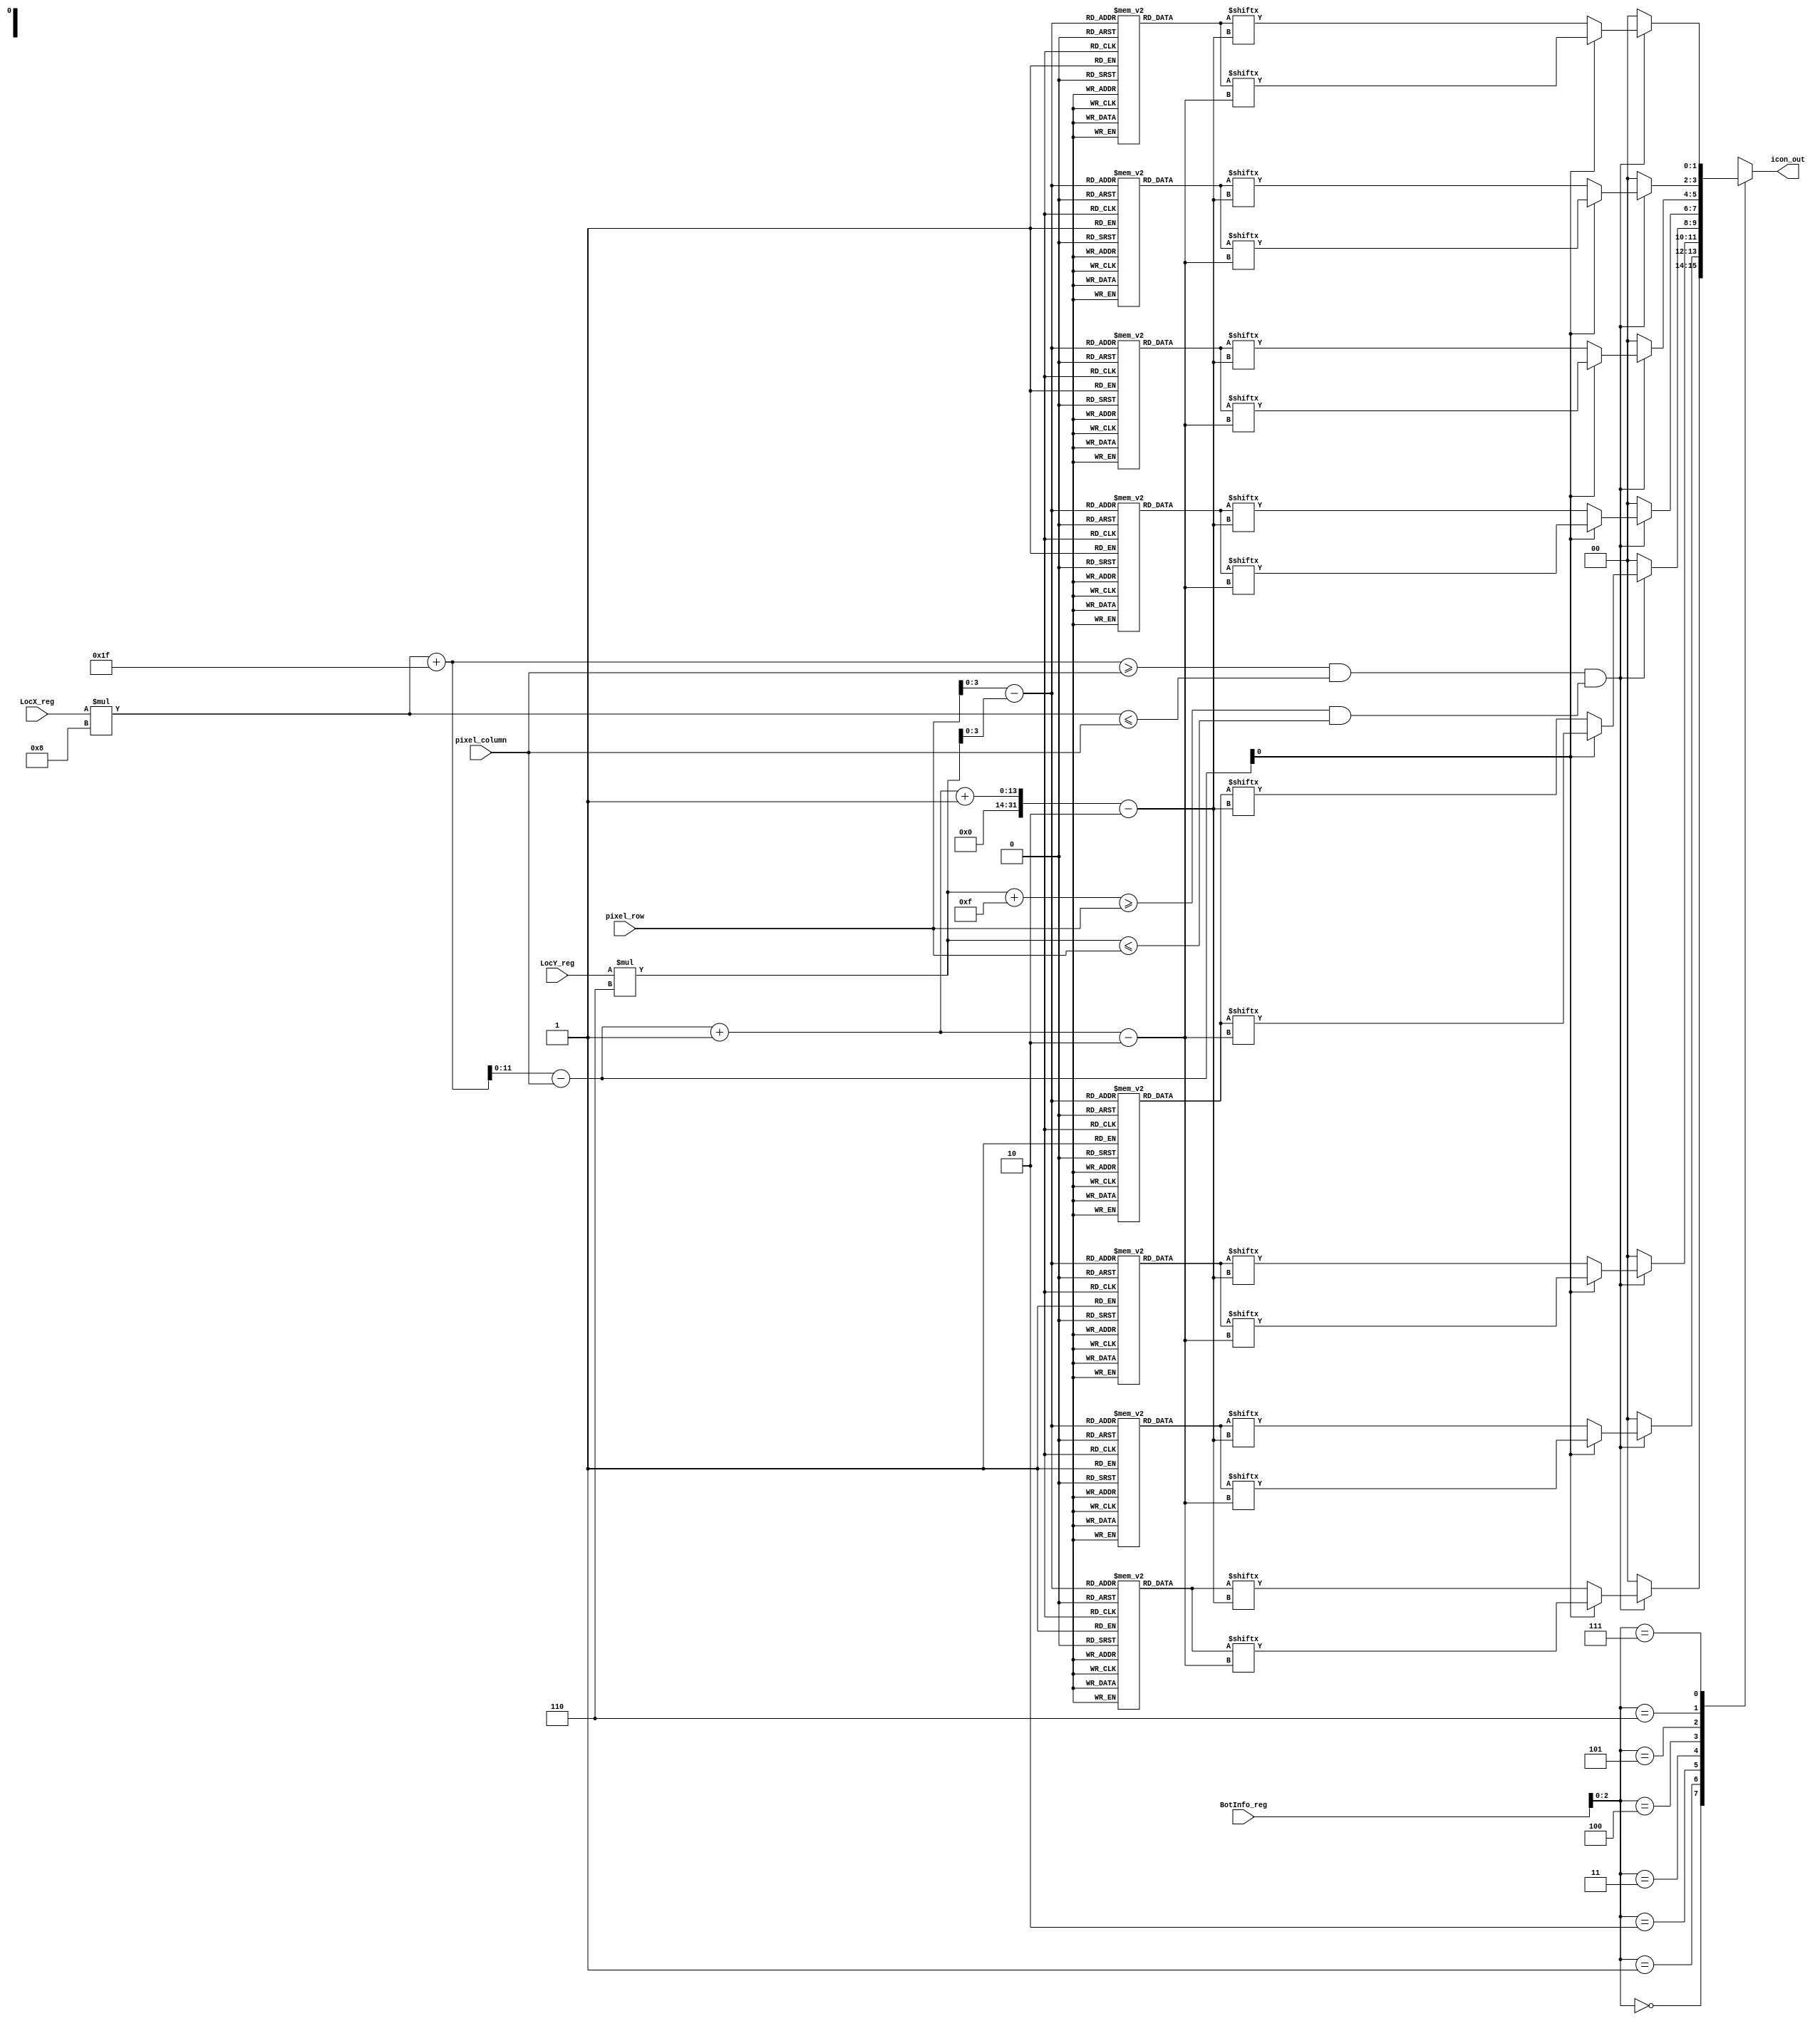
module icon_new(
    input 	[11:0]	pixel_row, pixel_column,
    input 	[7:0]   LocX_reg, LocY_reg, BotInfo_reg,
    output reg 	[1:0]   icon_out
);

// all possible icon orientations
reg [31:0] icon_0	[0:15];
reg [31:0] icon_45	[0:15];
reg [31:0] icon_90	[0:15];
reg [31:0] icon_135	[0:15];
reg [31:0] icon_180	[0:15];
reg [31:0] icon_225	[0:15];
reg [31:0] icon_270	[0:15];
reg [31:0] icon_315	[0:15];              

// parameters to hold icon colors    
parameter  blu = 2'b01, red = 2'b10, yel = 2'b11, clr = 2'b00;
	
// scaled Rojobot locations
wire [11:0] scaled_LocX, scaled_LocY;  

// difference between pixel_row/column and rojobot location
wire [11:0] diff_x, diff_y;
	
// initialize Rojobot images for each orientation - Formula 1 Car
// for diagonal orientations we chose to create an arrow due to the difficulty
// of creating the diagonal car
initial begin
        
icon_90[0]   = {blu,blu,blu,clr,clr,clr,clr,clr,clr,blu,blu,blu,clr,blu,blu,clr};
icon_90[1]   = {blu,blu,blu,clr,clr,clr,red,red,clr,blu,blu,blu,clr,blu,blu,clr};
icon_90[2]   = {blu,blu,blu,clr,clr,red,red,red,red,blu,blu,blu,clr,blu,blu,clr};
icon_90[3]   = {clr,blu,clr,clr,red,red,red,red,red,clr,blu,clr,clr,blu,blu,clr};
icon_90[4]   = {clr,blu,clr,clr,red,red,red,red,red,clr,blu,clr,clr,clr,blu,clr};
icon_90[5]   = {clr,blu,clr,clr,red,red,red,red,red,clr,blu,clr,clr,clr,blu,clr};
icon_90[6]   = {clr,blu,clr,red,red,red,red,blu,blu,red,red,red,red,clr,blu,clr};
icon_90[7]   = {clr,red,red,red,red,red,blu,yel,blu,red,red,red,red,red,blu,clr};
icon_90[8]   = {clr,red,red,red,red,red,blu,yel,blu,red,red,red,red,red,blu,clr};
icon_90[9]   = {clr,blu,clr,red,red,red,red,blu,blu,red,red,red,red,clr,blu,clr};
icon_90[10]  = {clr,blu,clr,clr,red,red,red,red,red,clr,blu,clr,clr,clr,blu,clr};
icon_90[11]  = {clr,blu,clr,clr,red,red,red,red,red,clr,blu,clr,clr,clr,blu,clr};
icon_90[12]  = {clr,blu,clr,clr,red,red,red,red,red,clr,blu,clr,clr,blu,blu,clr};
icon_90[13]  = {blu,blu,blu,clr,clr,red,red,red,red,blu,blu,blu,clr,blu,blu,clr};
icon_90[14]  = {blu,blu,blu,clr,clr,clr,red,red,clr,blu,blu,blu,clr,blu,blu,clr};
icon_90[15]  = {blu,blu,blu,clr,clr,clr,clr,clr,clr,blu,blu,blu,clr,blu,blu,clr};

icon_270[0]  = {clr,blu,blu,clr,blu,blu,blu,clr,clr,clr,clr,clr,clr,blu,blu,blu};   
icon_270[1]  = {clr,blu,blu,clr,blu,blu,blu,clr,red,red,clr,clr,clr,blu,blu,blu};
icon_270[2]  = {clr,blu,blu,clr,blu,blu,blu,red,red,red,red,clr,clr,blu,blu,blu};
icon_270[3]  = {clr,blu,blu,clr,clr,blu,clr,red,red,red,red,red,clr,clr,blu,clr};
icon_270[4]  = {clr,blu,clr,clr,clr,blu,clr,red,red,red,red,red,clr,clr,blu,clr};
icon_270[5]  = {clr,blu,clr,clr,clr,blu,clr,red,red,red,red,red,clr,clr,blu,clr};
icon_270[6]  = {clr,blu,clr,red,red,red,red,blu,blu,red,red,red,red,clr,blu,clr};
icon_270[7]  = {clr,blu,red,red,red,red,red,blu,yel,blu,red,red,red,red,red,clr};
icon_270[8]  = {clr,blu,red,red,red,red,red,blu,yel,blu,red,red,red,red,red,clr};
icon_270[9]  = {clr,blu,clr,red,red,red,red,blu,blu,red,red,red,red,clr,blu,clr};
icon_270[10] = {clr,blu,clr,clr,clr,blu,clr,red,red,red,red,red,clr,clr,blu,clr};
icon_270[11] = {clr,blu,clr,clr,clr,blu,clr,red,red,red,red,red,clr,clr,blu,clr};
icon_270[12] = {clr,blu,blu,clr,clr,blu,clr,red,red,red,red,red,clr,clr,blu,clr};
icon_270[13] = {clr,blu,blu,clr,blu,blu,blu,clr,red,red,clr,clr,clr,blu,blu,blu};
icon_270[14] = {clr,blu,blu,clr,blu,blu,blu,clr,red,red,clr,clr,clr,blu,blu,blu};
icon_270[15] = {clr,blu,blu,clr,blu,blu,blu,clr,clr,clr,clr,clr,clr,blu,blu,blu};

icon_180[0]  = {blu,blu,blu,clr,clr,clr,clr,clr,clr,clr,clr,clr,clr,blu,blu,blu};
icon_180[1]  = {blu,blu,blu,blu,blu,blu,blu,red,red,blu,blu,blu,blu,blu,blu,blu};
icon_180[2]  = {blu,blu,blu,clr,clr,clr,clr,red,red,clr,clr,clr,clr,blu,blu,blu};
icon_180[3]  = {clr,clr,clr,clr,clr,clr,red,red,red,red,clr,clr,clr,clr,clr,clr};
icon_180[4]  = {clr,clr,clr,red,red,red,red,red,red,red,red,red,red,clr,clr,clr};
icon_180[5]  = {clr,clr,red,red,red,red,red,red,red,red,red,red,red,clr,clr,clr};
icon_180[6]  = {clr,red,red,red,red,red,red,blu,blu,red,red,red,red,red,red,clr};
icon_180[7]  = {clr,red,red,red,red,red,blu,yel,yel,blu,red,red,red,red,red,clr};
icon_180[8]  = {clr,clr,red,red,red,red,blu,blu,blu,blu,red,red,red,clr,clr,clr};
icon_180[9]  = {blu,blu,blu,clr,clr,clr,red,red,red,red,clr,clr,clr,blu,blu,blu};
icon_180[10] = {blu,blu,blu,blu,blu,blu,red,red,red,red,blu,blu,blu,blu,blu,blu};
icon_180[11] = {blu,blu,blu,clr,clr,clr,red,red,red,red,clr,clr,clr,blu,blu,blu};
icon_180[12] = {clr,clr,clr,clr,clr,clr,red,red,red,red,clr,clr,clr,clr,clr,clr};
icon_180[13] = {blu,blu,blu,blu,clr,clr,clr,red,red,clr,clr,clr,blu,blu,blu,blu};
icon_180[14] = {blu,blu,blu,blu,blu,blu,blu,blu,blu,blu,blu,blu,blu,blu,blu,blu};
icon_180[15] = {clr,clr,clr,clr,clr,clr,clr,clr,clr,clr,clr,clr,clr,clr,clr,clr};
    
icon_0[0]    = {clr,clr,clr,clr,clr,clr,clr,clr,clr,clr,clr,clr,clr,clr,clr,clr};
icon_0[1]    = {blu,blu,blu,blu,blu,blu,blu,blu,blu,blu,blu,blu,blu,blu,blu,blu};
icon_0[2]    = {blu,blu,blu,blu,clr,clr,clr,red,red,clr,clr,clr,blu,blu,blu,blu};
icon_0[3]    = {clr,clr,clr,clr,clr,clr,red,red,red,red,clr,clr,clr,clr,clr,clr};
icon_0[4]    = {blu,blu,blu,clr,clr,clr,red,red,red,red,clr,clr,clr,blu,blu,blu};
icon_0[5]    = {blu,blu,blu,blu,blu,blu,red,red,red,red,blu,blu,blu,blu,blu,blu};
icon_0[6]    = {blu,blu,blu,clr,clr,clr,red,red,red,red,clr,clr,clr,blu,blu,blu};
icon_0[7]    = {clr,clr,red,red,red,red,blu,blu,blu,blu,red,red,red,red,clr,clr};
icon_0[8]    = {clr,red,red,red,red,red,blu,yel,yel,blu,red,red,red,red,red,clr};   
icon_0[9]    = {clr,red,red,red,red,red,red,blu,blu,red,red,red,red,red,red,clr};
icon_0[10]   = {clr,clr,red,red,red,red,red,red,red,red,red,red,red,red,clr,clr};
icon_0[11]   = {clr,clr,clr,red,red,red,red,red,red,red,red,red,red,clr,clr,clr};
icon_0[12]   = {clr,clr,clr,clr,clr,clr,red,red,red,red,clr,clr,clr,clr,clr,clr};
icon_0[13]   = {clr,clr,clr,clr,clr,clr,clr,red,red,clr,clr,clr,clr,clr,clr,clr};
icon_0[14]   = {blu,blu,blu,clr,clr,clr,clr,red,red,clr,clr,clr,clr,blu,blu,blu};
icon_0[15]   = {blu,blu,blu,blu,blu,blu,blu,red,red,blu,blu,blu,blu,blu,blu,blu};
icon_0[16]   = {blu,blu,blu,clr,clr,clr,clr,clr,clr,clr,clr,clr,clr,blu,blu,blu};

icon_135[0]  = {blu,blu,clr,clr,clr,clr,clr,clr,clr,clr,clr,clr,clr,clr,clr,clr};
icon_135[1]  = {blu,blu,blu,clr,clr,clr,clr,clr,clr,clr,clr,clr,clr,clr,clr,clr};
icon_135[2]  = {clr,blu,blu,blu,clr,clr,clr,clr,clr,clr,clr,clr,clr,clr,clr,clr};
icon_135[3]  = {clr,clr,blu,blu,blu,clr,clr,clr,clr,clr,clr,clr,clr,clr,clr,clr};
icon_135[4]  = {clr,clr,clr,blu,blu,blu,clr,clr,clr,clr,clr,clr,clr,clr,clr,clr};
icon_135[5]  = {clr,clr,clr,clr,blu,blu,blu,clr,clr,clr,clr,clr,clr,clr,clr,clr};
icon_135[6]  = {clr,clr,clr,clr,clr,blu,blu,blu,clr,clr,clr,clr,clr,clr,clr,clr};
icon_135[7]  = {clr,clr,clr,clr,clr,clr,blu,blu,blu,clr,clr,clr,clr,clr,clr,clr};
icon_135[8]  = {clr,clr,clr,clr,clr,clr,clr,blu,blu,blu,clr,clr,clr,clr,clr,blu};
icon_135[9]  = {clr,clr,clr,clr,clr,clr,clr,clr,blu,blu,blu,clr,clr,clr,clr,blu};
icon_135[10] = {clr,clr,clr,clr,clr,clr,clr,clr,clr,blu,blu,blu,clr,clr,clr,blu};
icon_135[11] = {clr,clr,clr,clr,clr,clr,clr,clr,clr,clr,blu,blu,blu,clr,blu,blu};
icon_135[12] = {clr,clr,clr,clr,clr,clr,clr,clr,clr,clr,clr,blu,blu,blu,blu,blu};
icon_135[13] = {clr,clr,clr,clr,clr,clr,clr,clr,clr,clr,clr,clr,blu,blu,blu,blu};
icon_135[14] = {clr,clr,clr,clr,clr,clr,clr,clr,clr,clr,clr,blu,blu,blu,blu,blu};
icon_135[15] = {clr,clr,clr,clr,clr,clr,clr,clr,blu,blu,blu,blu,blu,blu,blu,blu};
      
icon_45[0]   = {clr,clr,clr,clr,clr,clr,clr,clr,clr,clr,blu,blu,blu,blu,blu,blu};
icon_45[1]   = {clr,clr,clr,clr,clr,clr,clr,clr,clr,clr,clr,clr,blu,blu,blu,blu};
icon_45[2]   = {clr,clr,clr,clr,clr,clr,clr,clr,clr,clr,clr,clr,blu,blu,blu,blu};
icon_45[3]   = {clr,clr,clr,clr,clr,clr,clr,clr,clr,clr,clr,clr,blu,blu,blu,blu};
icon_45[4]   = {clr,clr,clr,clr,clr,clr,clr,clr,clr,clr,blu,blu,blu,blu,blu,blu};
icon_45[5]   = {clr,clr,clr,clr,clr,clr,clr,clr,clr,blu,blu,blu,blu,blu,clr,blu};
icon_45[6]   = {clr,clr,clr,clr,clr,clr,clr,clr,clr,blu,blu,blu,blu,clr,clr,blu};
icon_45[7]   = {clr,clr,clr,clr,clr,clr,clr,clr,blu,blu,blu,blu,clr,clr,clr,blu};
icon_45[8]   = {clr,clr,clr,clr,clr,clr,clr,blu,blu,blu,clr,clr,clr,clr,clr,clr};
icon_45[9]   = {clr,clr,clr,clr,clr,clr,blu,blu,blu,clr,clr,clr,clr,clr,clr,clr};
icon_45[10]  = {clr,clr,clr,clr,clr,blu,blu,blu,clr,clr,clr,clr,clr,clr,clr,clr};
icon_45[11]  = {clr,clr,clr,blu,blu,blu,blu,clr,clr,clr,clr,clr,clr,clr,clr,clr};
icon_45[12]  = {clr,clr,blu,blu,blu,blu,clr,clr,clr,clr,clr,clr,clr,clr,clr,clr};
icon_45[13]  = {clr,blu,blu,blu,clr,clr,clr,clr,clr,clr,clr,clr,clr,clr,clr,clr};
icon_45[14]  = {blu,blu,blu,clr,clr,clr,clr,clr,clr,clr,clr,clr,clr,clr,clr,clr};
icon_45[15]  = {blu,blu,clr,clr,clr,clr,clr,clr,clr,clr,clr,clr,clr,clr,clr,clr};

icon_225[0]  = {clr,clr,clr,clr,clr,clr,clr,clr,clr,clr,clr,clr,clr,clr,blu,blu};
icon_225[1]  = {clr,clr,clr,clr,clr,clr,clr,clr,clr,clr,clr,clr,clr,clr,blu,blu};
icon_225[2]  = {clr,clr,clr,clr,clr,clr,clr,clr,clr,clr,clr,clr,clr,blu,blu,blu};
icon_225[3]  = {clr,clr,clr,clr,clr,clr,clr,clr,clr,clr,clr,clr,blu,blu,blu,clr};
icon_225[4]  = {clr,clr,clr,clr,clr,clr,clr,clr,clr,clr,clr,blu,blu,blu,clr,clr};
icon_225[5]  = {clr,clr,clr,clr,clr,clr,clr,clr,clr,clr,blu,blu,blu,clr,clr,clr};
icon_225[6]  = {clr,clr,clr,clr,clr,clr,clr,clr,clr,blu,blu,blu,clr,clr,clr,clr};
icon_225[7]  = {clr,clr,clr,clr,clr,clr,clr,clr,blu,blu,blu,clr,clr,clr,clr,clr};
icon_225[8]  = {blu,clr,clr,clr,clr,clr,clr,blu,blu,blu,clr,clr,clr,clr,clr,clr};
icon_225[9]  = {blu,clr,clr,clr,clr,clr,blu,blu,blu,clr,clr,clr,clr,clr,clr,clr};
icon_225[10] = {blu,clr,clr,clr,clr,blu,blu,blu,clr,clr,clr,clr,clr,clr,clr,clr};
icon_225[11] = {blu,blu,clr,blu,blu,blu,blu,clr,clr,clr,clr,clr,clr,clr,clr,clr};
icon_225[12] = {blu,blu,blu,blu,blu,blu,clr,clr,clr,clr,clr,clr,clr,clr,clr,clr};
icon_225[13] = {blu,blu,blu,blu,clr,clr,clr,clr,clr,clr,clr,clr,clr,clr,clr,clr};
icon_225[14] = {blu,blu,blu,blu,blu,clr,clr,clr,clr,clr,clr,clr,clr,clr,clr,clr};
icon_225[15] = {blu,blu,blu,blu,blu,blu,blu,blu,clr,clr,clr,clr,clr,clr,clr,clr};

icon_315[0]  = {blu,blu,blu,blu,blu,blu,blu,blu,clr,clr,clr,clr,clr,clr,clr,clr};
icon_315[1]  = {blu,blu,blu,clr,clr,clr,clr,clr,clr,clr,clr,clr,clr,clr,clr,clr};
icon_315[2]  = {blu,blu,blu,blu,clr,clr,clr,clr,clr,clr,clr,clr,clr,clr,clr,clr};
icon_315[3]  = {blu,clr,blu,blu,blu,clr,clr,clr,clr,clr,clr,clr,clr,clr,clr,clr};
icon_315[4]  = {blu,clr,clr,blu,blu,blu,clr,clr,clr,clr,clr,clr,clr,clr,clr,clr};
icon_315[5]  = {blu,clr,clr,clr,blu,blu,blu,clr,clr,clr,clr,clr,clr,clr,clr,clr};
icon_315[6]  = {blu,clr,clr,clr,clr,blu,blu,blu,clr,clr,clr,clr,clr,clr,clr,clr};
icon_315[7]  = {blu,clr,clr,clr,clr,clr,blu,blu,blu,clr,clr,clr,clr,clr,clr,clr};
icon_315[8]  = {blu,clr,clr,clr,clr,clr,clr,blu,blu,blu,clr,clr,clr,clr,clr,clr};
icon_315[9]  = {clr,clr,clr,clr,clr,clr,clr,clr,blu,blu,blu,clr,clr,clr,clr,clr};
icon_315[10] = {clr,clr,clr,clr,clr,clr,clr,clr,clr,blu,blu,blu,clr,clr,clr,clr};
icon_315[11] = {clr,clr,clr,clr,clr,clr,clr,clr,clr,clr,blu,blu,blu,clr,clr,clr};
icon_315[12] = {clr,clr,clr,clr,clr,clr,clr,clr,clr,clr,clr,blu,blu,blu,clr,clr};
icon_315[13] = {clr,clr,clr,clr,clr,clr,clr,clr,clr,clr,clr,clr,blu,blu,blu,blu};
icon_315[14] = {clr,clr,clr,clr,clr,clr,clr,clr,clr,clr,clr,clr,clr,blu,blu,blu};
icon_315[15] = {clr,clr,clr,clr,clr,clr,clr,clr,clr,clr,clr,clr,clr,blu,blu,blu};

end

// assign scaled locations and location differences    
assign scaled_LocX 	= LocX_reg * 8;      // Scale to 1024
assign scaled_LocY 	= LocY_reg * 6;      // Scale to 768
assign diff_x 		= (scaled_LocX + 31) - pixel_column;
assign diff_y 		= pixel_row - scaled_LocY;

always @(*) begin
	case(BotInfo_reg[2:0])
	3'b000: // 0 degrees
	begin
		// Check if the current pixel is in range of the rojobot's position.
		if(((scaled_LocX + 31 >= pixel_column) && (scaled_LocX <= pixel_column)) 
		&& ((scaled_LocY + 15 >= pixel_row) && (scaled_LocY <= pixel_row)))
		    begin
		    // Assign the output based off the current pixel position.
		    if(diff_x[0] == 1'b1)
			icon_out = icon_0[diff_y][diff_x -: 2];
		    else
			icon_out = icon_0[diff_y][(diff_x + 1) -: 2];
		    end 
		else
		    // Assign transparent output if the icon doesn't need to be displayed.
		    icon_out = 2'b00;
	end
	3'b001: // 45 degrees 
	begin
		// Check if the current pixel is in range of the rojobot's position.
		if(((scaled_LocX + 31 >= pixel_column) && (scaled_LocX <= pixel_column)) 
		&& ((scaled_LocY + 15 >= pixel_row) && (scaled_LocY <= pixel_row)))
		begin
		    // Assign the output based off the current pixel position.
		    if(diff_x[0] == 1'b1)
			icon_out = icon_45[diff_y][diff_x -: 2];
		    else
			icon_out = icon_45[diff_y][(diff_x + 1) -: 2];
		end 
		else
		    // Assign transparent output if the icon doesn't need to be displayed.
		    icon_out = 2'b00;
	end    
	3'b010: // 90 degrees 
	begin
		// Check if the current pixel is in range of the rojobot's position.
		if(((scaled_LocX + 31 >= pixel_column) && (scaled_LocX <= pixel_column)) 
		&& ((scaled_LocY + 15 >= pixel_row) && (scaled_LocY <= pixel_row)))
		begin
		    // Assign the output based off the current pixel position.
		    if(diff_x[0] == 1'b1)
			icon_out = icon_90[diff_y][diff_x -: 2];
		    else
			icon_out = icon_90[diff_y][(diff_x + 1) -: 2];
		end 
		else
		    // Assign transparent output if the icon doesn't need to be displayed.
		    icon_out = 2'b00;
	end
	3'b011: // 135 degrees
	begin
		// Check if the current pixel is in range of the rojobot's position.
		if(((scaled_LocX + 31 >= pixel_column) && (scaled_LocX <= pixel_column)) 
		&& ((scaled_LocY + 15 >= pixel_row) && (scaled_LocY <= pixel_row)))
		begin
		    // Assign the output based off the current pixel position.
		    if(diff_x[0] == 1'b1)
			icon_out = icon_135[diff_y][diff_x -: 2];
		    else
			icon_out = icon_135[diff_y][(diff_x + 1) -: 2];
		end 
		else
		    // Assign transparent output if the icon doesn't need to be displayed.
		    icon_out = 2'b00;
	end    
	3'b100: // 180 degrees
	begin
		// Check if the current pixel is in range of the rojobot's position.
		if(((scaled_LocX + 31 >= pixel_column) && (scaled_LocX <= pixel_column)) 
		&& ((scaled_LocY + 15 >= pixel_row) && (scaled_LocY <= pixel_row)))
		begin
		    // Assign the output based off the current pixel position.
		    if(diff_x[0] == 1'b1)
			icon_out = icon_180[diff_y][diff_x -: 2];
		    else
			icon_out = icon_180[diff_y][(diff_x + 1) -: 2];
		end 
		else
		    // Assign transparent output if the icon doesn't need to be displayed.
		    icon_out = 2'b00;
	end
	3'b101: // 225 degrees
	begin
	    // Check if the current pixel is in range of the rojobot's position.
	    if(((scaled_LocX + 31 >= pixel_column) && (scaled_LocX <= pixel_column)) 
	    && ((scaled_LocY + 15 >= pixel_row) && (scaled_LocY <= pixel_row)))
	    begin
		// Assign the output based off the current pixel position.
		if(diff_x[0] == 1'b1)
		    icon_out = icon_225[diff_y][diff_x -: 2];
		else
		    icon_out = icon_225[diff_y][(diff_x + 1) -: 2];
	    end 
	    else
		// Assign transparent output if the icon doesn't need to be displayed.
		icon_out = 2'b00;
	end  
	3'b110: // 270 degrees
	begin
	    // Check if the current pixel is in range of the rojobot's position.
	    if(((scaled_LocX + 31 >= pixel_column) && (scaled_LocX <= pixel_column)) 
	    && ((scaled_LocY + 15 >= pixel_row) && (scaled_LocY <= pixel_row)))
	    begin
		// Assign the output based off the current pixel position.
		if(diff_x[0] == 1'b1)
		    icon_out = icon_270[diff_y][diff_x -: 2];
		else
		    icon_out = icon_270[diff_y][(diff_x + 1) -: 2];
	    end 
	    else
		// Assign transparent output if the icon doesn't need to be displayed.
		icon_out = 2'b00;
	end
	3'b111: // 315 degrees
	begin
	    // Check if the current pixel is in range of the rojobot's position.
	    if(((scaled_LocX + 31 >= pixel_column) && (scaled_LocX <= pixel_column)) 
	    && ((scaled_LocY + 15 >= pixel_row) && (scaled_LocY <= pixel_row)))
	    begin
		// Assign the output based off the current pixel position.
		if(diff_x[0] == 1'b1)
		    icon_out = icon_315[diff_y][diff_x -: 2];
		else
		    icon_out = icon_315[diff_y][(diff_x + 1) -: 2];
	    end 
	    else
		// Assign transparent output if the icon doesn't need to be displayed.
		icon_out = 2'b00;
	end  
endcase
end

endmodule